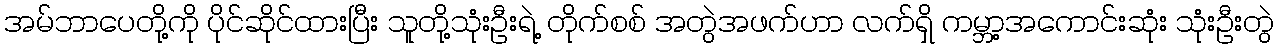
အမ်ဘာပေတို့ကို ပိုင်ဆိုင်ထားပြီး သူတို့သုံးဦးရဲ့ တိုက်စစ် အတွဲအဖက်ဟာ လက်ရှိ ကမ္ဘာ့အကောင်းဆုံး သုံးဦးတွဲ